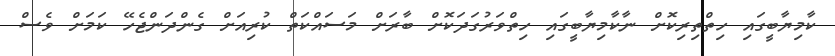
ކާމިޔާބީގައި ހިތްތިރިކޮށް ނާކާމިޔާބީގައި ހިތްވަރުގަދަކޮށް ބާރަށް މަސައްކަތް ކުރިއަށް ގެންދަންޖެހޭ ކަމަށް ވެސް